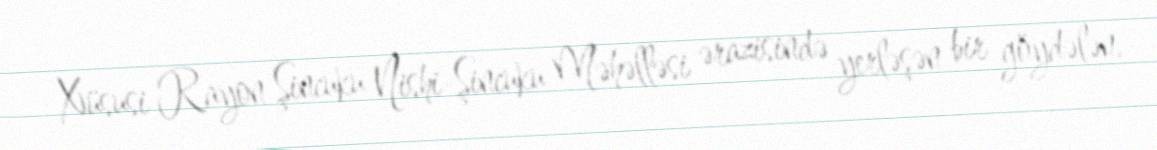
Xüsusi Rayon Şincuku Nishi-Şincuku Məhəlləsi ərazisində yerləşən bir göydələn.